画像に写った文字を読んでください
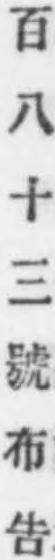
「百八十三號布吿」と書いてあります